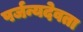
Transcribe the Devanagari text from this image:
पर्जन्यदेवता